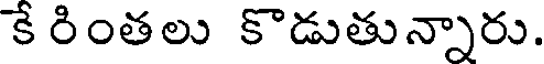
కే రింతలు కొడుతున్నారు.